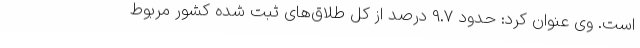
است. وی عنوان کرد: حدود 9.7 درصد از کل طلاق‌های ثبت شده کشور مربوط